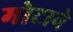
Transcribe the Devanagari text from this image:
मोटाने